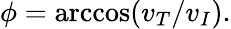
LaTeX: \phi=\operatorname{arccos}(v_{T}/v_{I}).